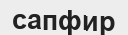
сапфир